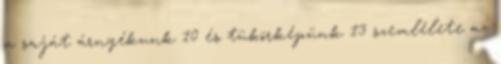
a saját árnyékunk 10 és tükörképünk 13 szemlélete az